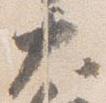
太